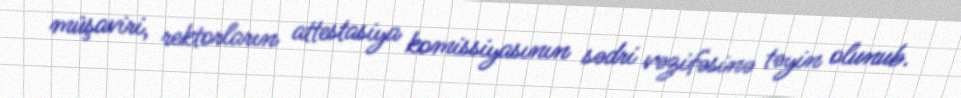
müşaviri, rektorların attestasiya komissiyasının sədri vəzifəsinə təyin olunub.